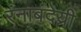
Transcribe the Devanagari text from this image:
रंनाबंदेय्री